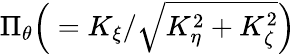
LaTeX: \Pi_{\theta}\Big(=K_{\xi}/\sqrt{K_{\eta}^{2}+K_{\zeta}^{2}}\Big)